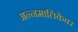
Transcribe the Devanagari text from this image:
अन्नमालिकेवर